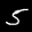
Label: 5